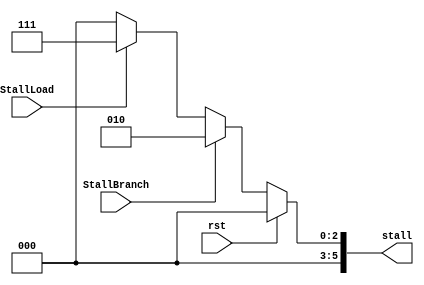
module STALL(

	input   wire        rst,
	input   wire        StallLoad,
	input   wire        StallBranch,
	output  reg [5:0]   stall       
	
);


//controls the signal stall.
 
always @ (*) begin
    if (rst)
        stall <= 6'b0;
    else if (StallBranch)
        stall <= 6'b000010;
    else if (StallLoad)
        stall <= 6'b000111;			
    else
        stall <= 6'b0;
end		

endmodule